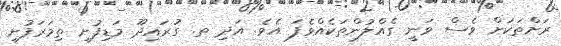
ރަށްތަކަށް ވެސް ވަނީ ގެއްލުންތަކެއްވެފަ އެވެ. އަދި ތ. ގުރައިދޫ މަޑިފުށި ތިމަރަފުށި